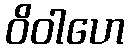
ဝိဝါဟေ